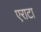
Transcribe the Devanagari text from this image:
एराटा